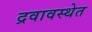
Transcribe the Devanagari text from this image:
द्रवावस्थेत